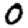
Digit: 0